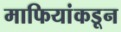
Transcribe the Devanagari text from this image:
माफियांकडून